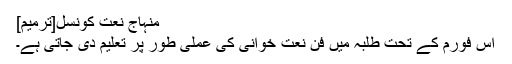
منہاج نعت کونسل[ترمیم]
اس فورم کے تحت طلبہ میں فن نعت خوانی کی عملی طور پر تعلیم دی جاتی ہے۔